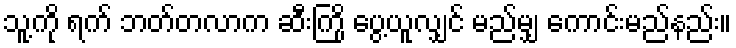
သူ့ကို ရက် ဘတ်တလာက ဆီးကြို ပွေ့ယူလျှင် မည်မျှ ကောင်းမည်နည်း။